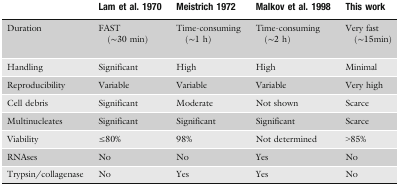
<table><thead><tr><td></td><td><b>Lam et al. 1970</b></td><td><b>Meistrich 1972</b></td><td><b>Malkov et al. 1998</b></td><td><b>This work</b></td></tr></thead><tbody><tr><td>Duration</td><td>FAST (~30 min)</td><td>Time-consuming (~1 h)</td><td>Time-consuming (~2 h)</td><td>Very fast (~15 min)</td></tr><tr><td>Handling</td><td>Significant</td><td>High</td><td>High</td><td>Minimal</td></tr><tr><td>Reproducibility</td><td>Variable</td><td>Variable</td><td>Variable</td><td>Very high</td></tr><tr><td>Cell debris</td><td>Significant</td><td>Moderate</td><td>Not shown</td><td>Scarce</td></tr><tr><td>Multinucleates</td><td>Significant</td><td>Significant</td><td>Significant</td><td>Scarce</td></tr><tr><td>Viability</td><td>≤80%</td><td>98%</td><td>Not determined</td><td>&gt;85%</td></tr><tr><td>RNAses</td><td>No</td><td>No</td><td>Yes</td><td>No</td></tr><tr><td>Trypsin/collagenase</td><td>No</td><td>Yes</td><td>Yes</td><td>No</td></tr></tbody></table>